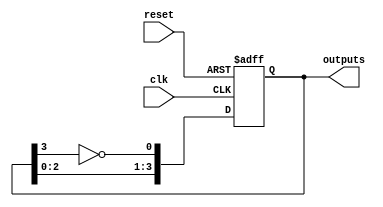
module johnson_counter (
    input wire clk,
    input wire reset,
    output reg [3:0] outputs
);

reg [3:0] state;

always @(posedge clk or posedge reset) begin
    if (reset) begin
        state <= 4'b0001;
    end else begin
        state <= {state[2:0], ~state[3]};
    end
end

assign outputs = state;

endmodule